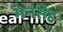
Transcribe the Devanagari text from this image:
मनसेह